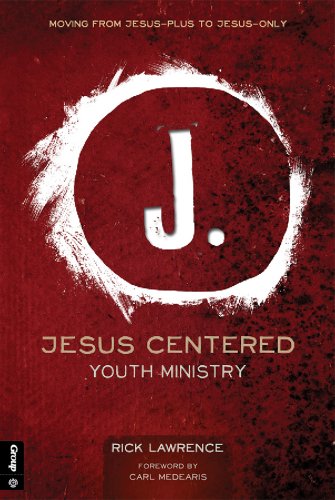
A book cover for Jesus Centered Youth Ministry (Revised): Moving from Jesus-Plus to Jesus-Only; Rick Lawrence; Christian Books & Bibles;